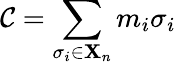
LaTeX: \mathcal{C}=\sum_{\sigma_{i}\in\mathbf{X}_{n}}m_{i}\sigma_{i}